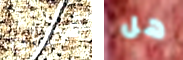
أوصله هل